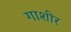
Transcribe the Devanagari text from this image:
गाशीर